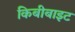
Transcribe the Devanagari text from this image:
किबीबाइट